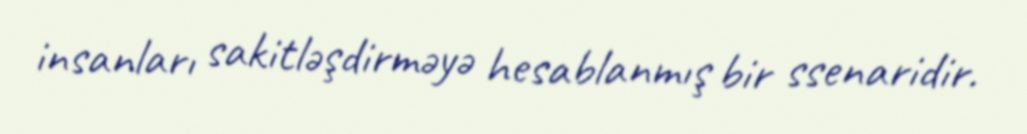
insanları sakitləşdirməyə hesablanmış bir ssenaridir.